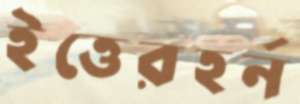
ইত্তেরহর্ন